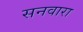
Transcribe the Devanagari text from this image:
सनवारा